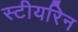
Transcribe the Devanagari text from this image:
स्टीयरिन